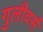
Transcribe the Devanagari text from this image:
गुलीवर्स